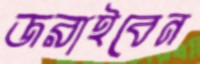
জরাইবেন